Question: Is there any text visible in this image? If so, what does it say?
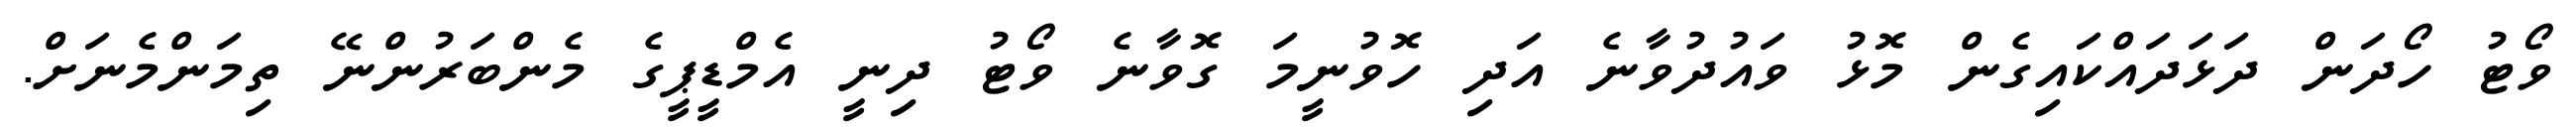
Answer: ވޯޓު ހޯދަން ދަޅަދައްކައިގެން މޮޅު ވައުދުވާނެ އަދި ހޮވުނީމަ ގޮވާނެ ވޯޓު ދިނީ އެމްޑީޕީގެ މެންބަރުންނޭ ތިމަންމެނަށް.